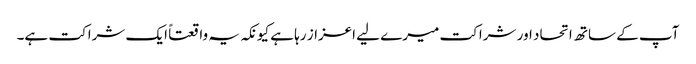
آپ کے ساتھ اتحاد اور شراکت میرے لیے اعزاز رہا ہے کیونکہ یہ واقعتاً ایک شراکت ہے۔